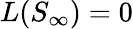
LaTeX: L(S_{\infty})=0